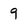
Character: 9